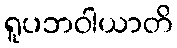
ရူပဘဝါယာတိ